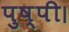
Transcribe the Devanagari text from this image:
पुष्पी।